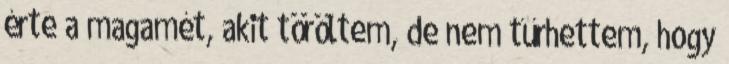
érte a magamét, akit töröltem, de nem tűrhettem, hogy